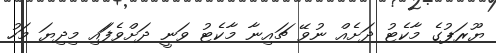
ޔޫރަޕުގެ މާކެޓު ދަށެއް ނުވޭ ޗައިނާ މާކެޓު ވަނީ ދަށްވެފަައި މިދިޔަ މަހު